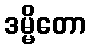
ဒမ္မိတော